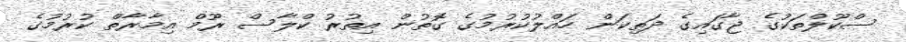
ސްކޫލްތަކުގެ ޖާގައިގެ ދަތިކަން ހައްލުކުރުމުގެ ގޮތުން އިތުރު ކްލާސް ރޫމް އިމާރާތް ކުރުމުގެ